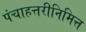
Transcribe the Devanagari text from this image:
पंचाहत्तरीनिमित्त